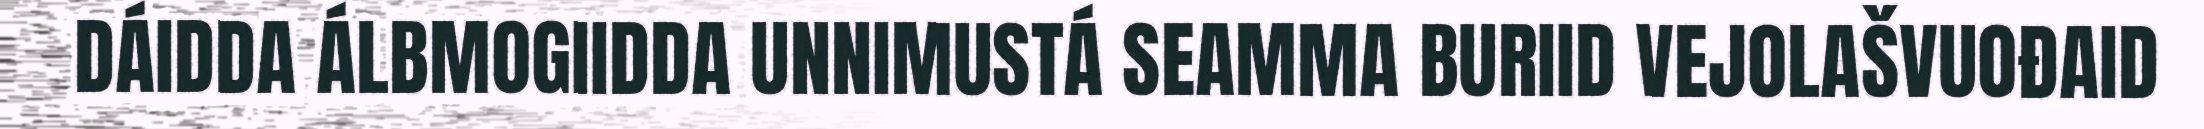
DÁIDDA ÁLBMOGIIDDA UNNIMUSTÁ SEAMMA BURIID VEJOLAŠVUOĐAID